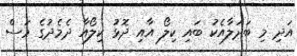
އަދި މި ބަދަލާއެކު ބައި ކިލޯ އާއި ދޮޅު ކިލޯއާ ދެމެދުގެ މަސް